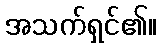
အသက်ရှင်၏။